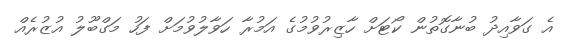
އެ ގަވާއިދު ބުނާގޮތުން ކޯޓަށް ހާޒިރުވުމުގެ އަމުރާ ހަވާލުވުމަށް ފަހު މަގްބޫލު އުޒުރެއް